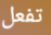
تفعل